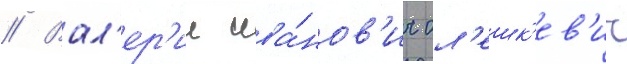
// Вал'ер'ии ива́нов'ич ол'ешк'ев'ич